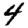
Digit: 4